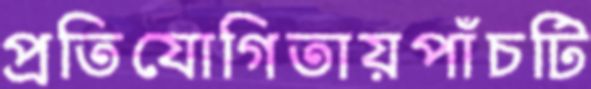
প্রতিযোগিতায়পাঁচটি